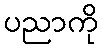
ပညာကို